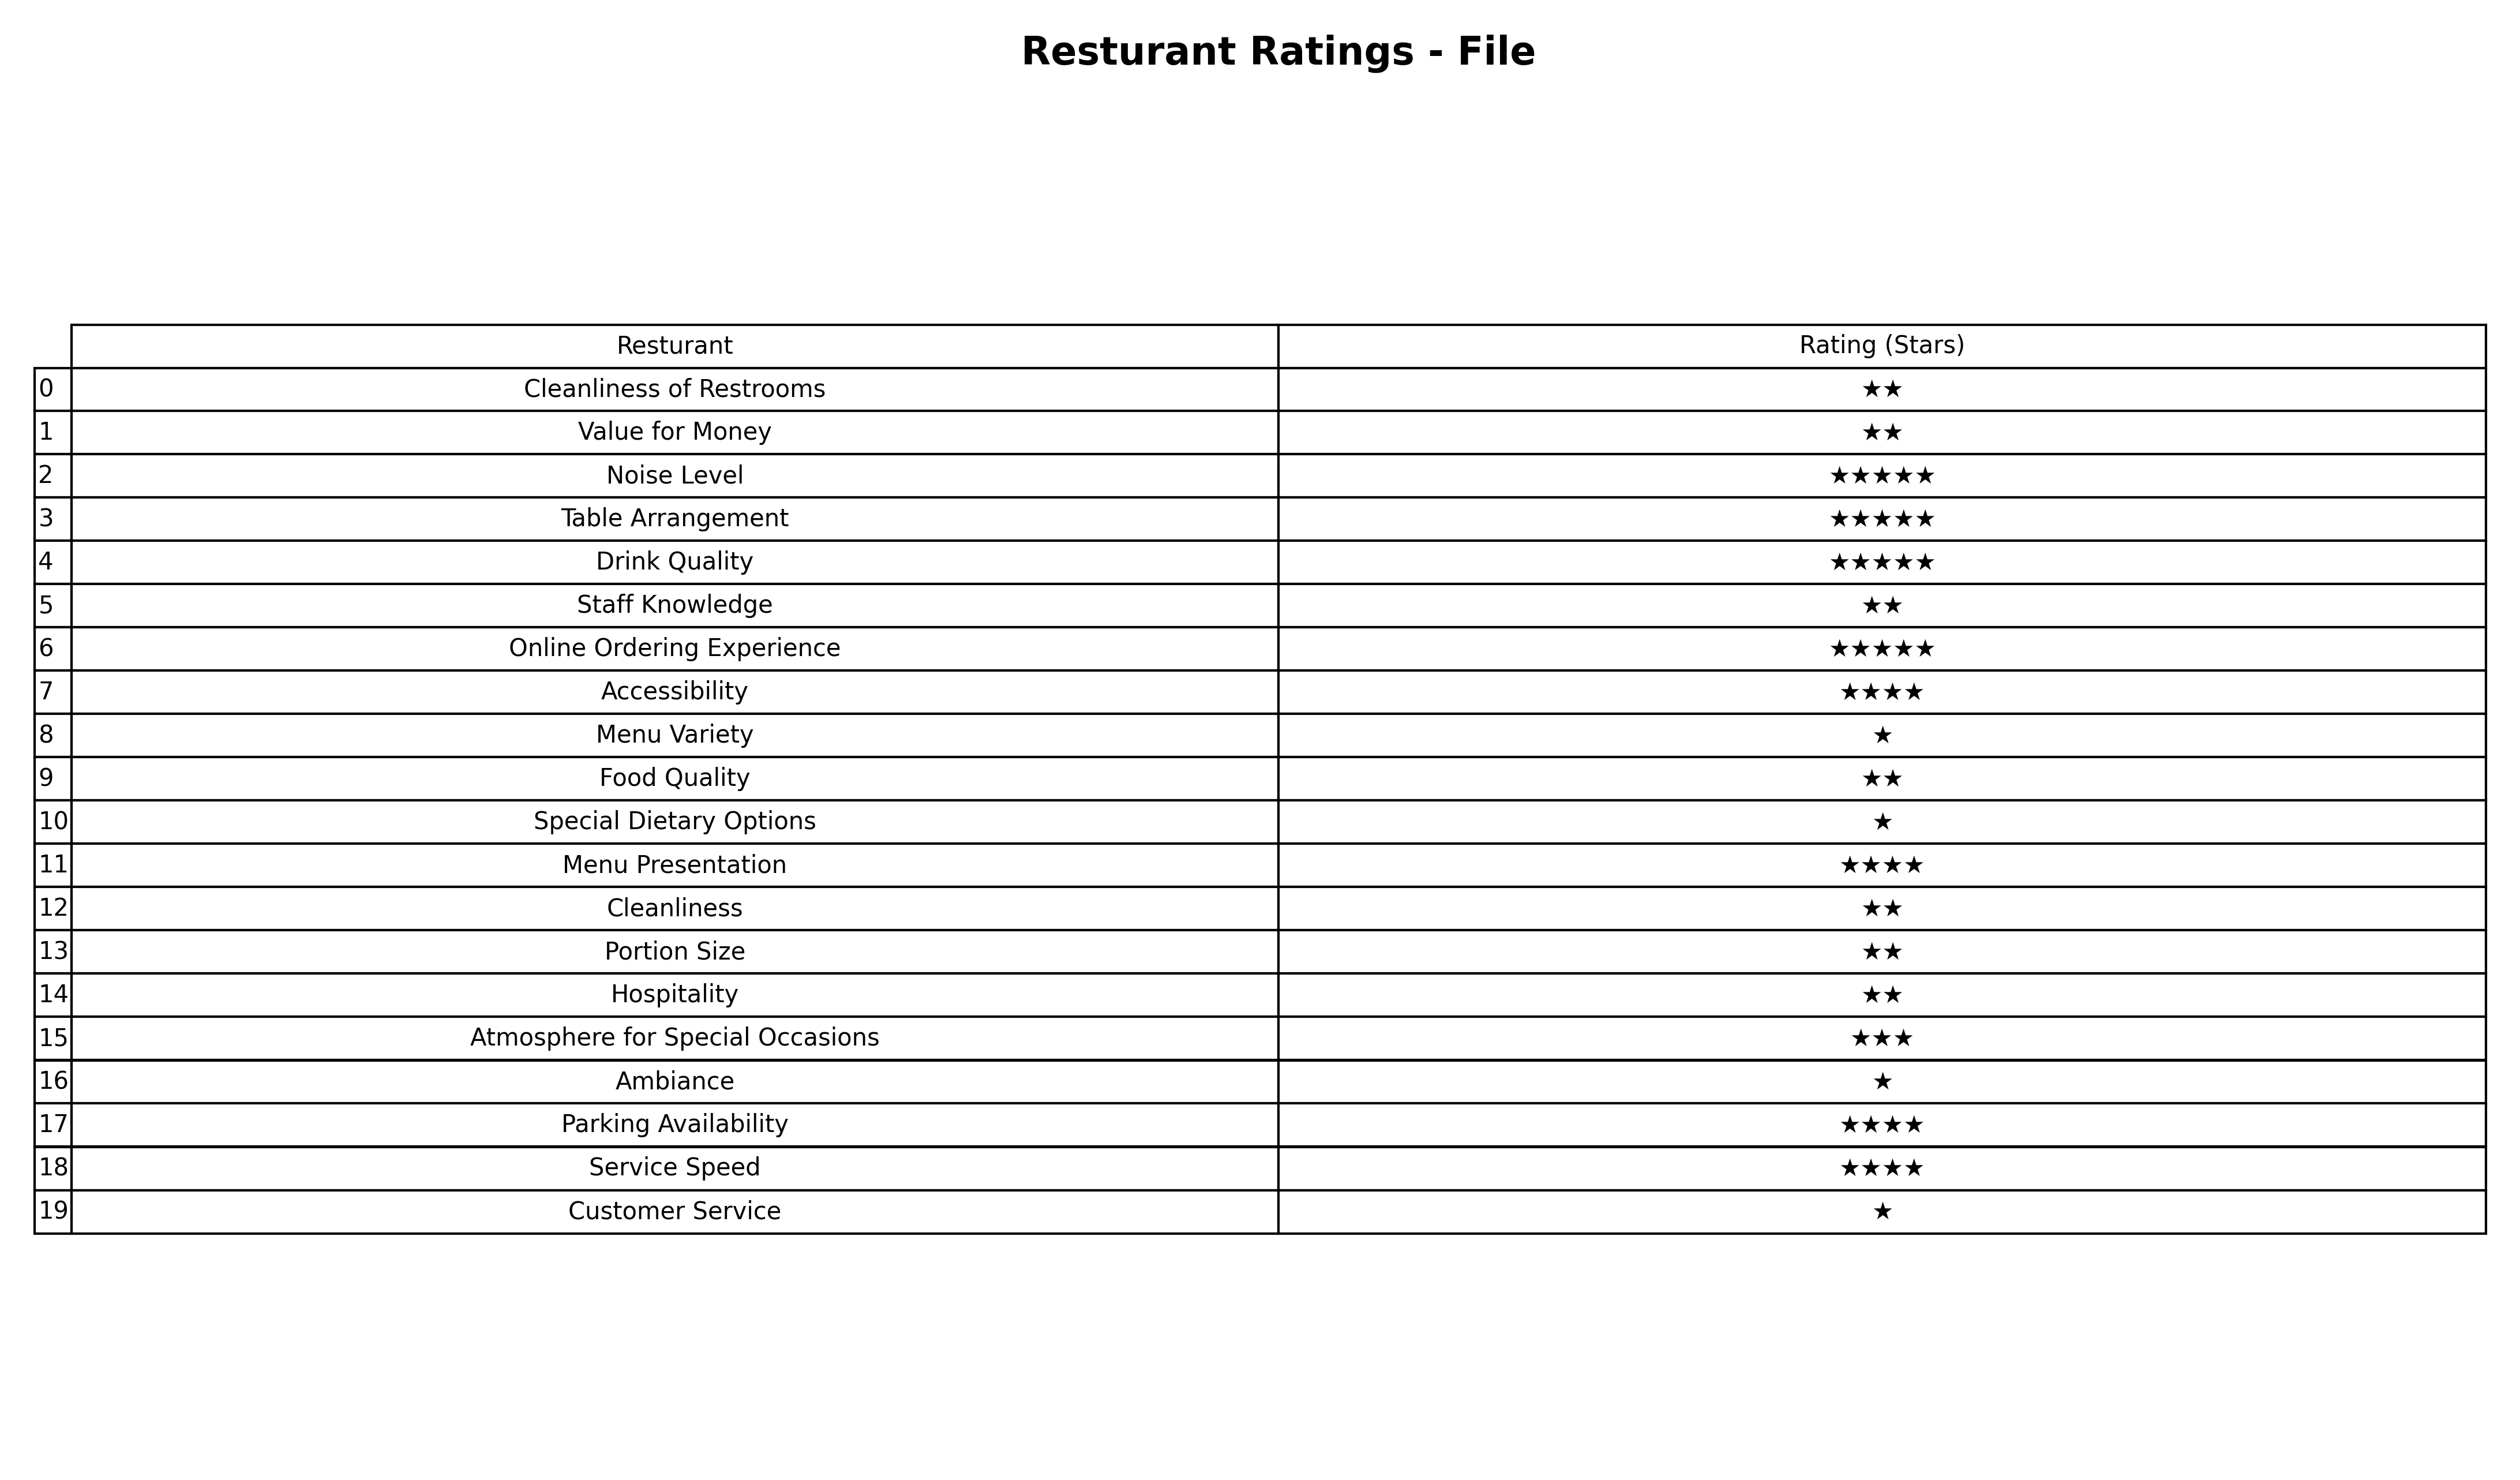
question: What are lowest rating services?
answer: Atmosphere for Special Occasions